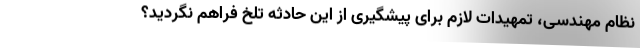
نظام مهندسی، تمهیدات لازم برای پیشگیری از این حادثه تلخ فراهم نگردید؟